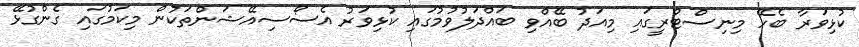
ކުޅިވަރާ ބެހޭ މިނިސްޓްރީގައި މިއަދު ބޭއްވި ބައްދަލުވުމުގައި ކުޅިވަރު އެސޯސިއޭޝަންތަކުން މިކަމުގައި ގެންގުޅޭ